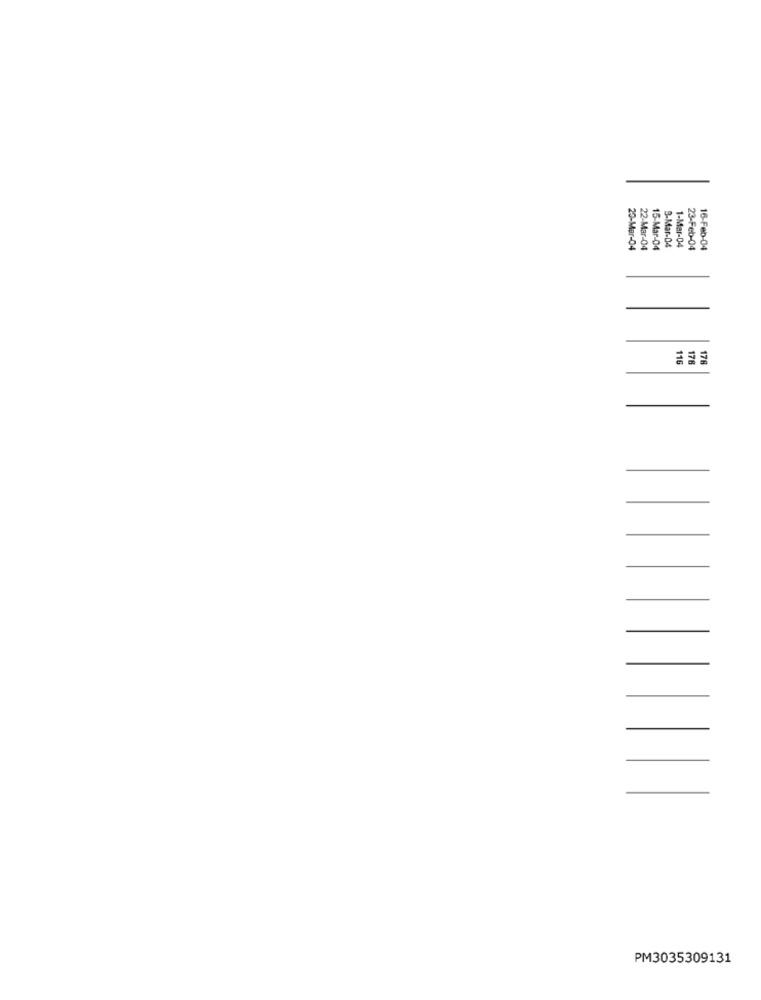
29-
15-
1-M
23-Feb-04
16-Feb-04
116
178
PM3035309131